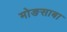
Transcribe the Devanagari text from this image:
मोङसाबा